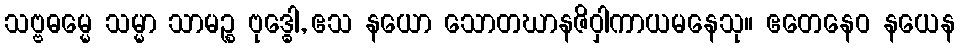
သဗ္ဗဓမ္မေ သမ္မာ သာမဉ္စ ဗုဒ္ဓေါ, ဧသ နယော သောတဃာနဇိဝှါကာယမနေသု။ ဧတေနေဝ နယေန